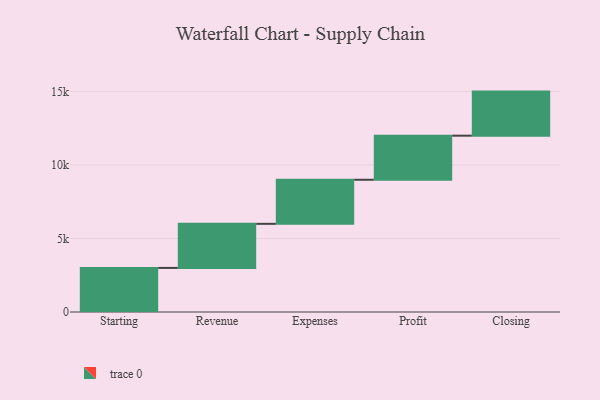
{"axis": {"x": "Step", "y": "Value"}, "legend": [""], "data": [{"x": "Starting", "y": 3000, "type": ""}, {"x": "Revenue", "y": 3000, "type": ""}, {"x": "Expenses", "y": 3000, "type": ""}, {"x": "Profit", "y": 3000, "type": ""}, {"x": "Closing", "y": 3000, "type": ""}]}